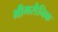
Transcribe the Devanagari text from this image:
भीमसैनिक